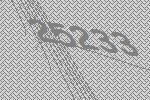
25233